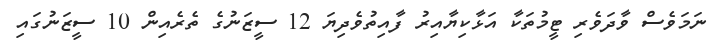
ނަމަވެސް ވާދަވެރި ޓީމުތަކާ އަޅާކިޔާއިރު ފާއިތުވެދިޔަ 12 ސީޒަނުގެ ތެރެއިން 10 ސީޒަނުގައި